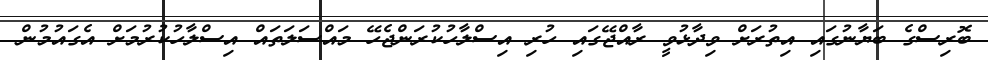
ބޮރިސްގެ ބަޔާނުގައި އިިތުރަށް ވިދާޅުވީ ރާއްޖޭގައި ހުރި އިސްލާހުކުރަންޖެހޭ މައްސަލަތައް އިސްލާހުކުރުމަށް އެގައުމުން